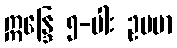
ဣန္ဒြေ ၅-ပါး ဥပမာ